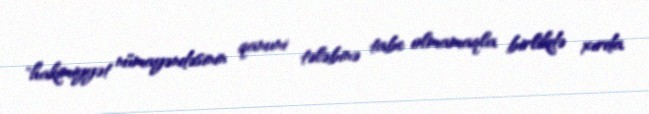
"hakimiyyət nümayəndəsinin qanuni tələbinə tabe olmamaqla birlikdə xırda